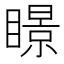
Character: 𥋓